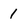
Character: 1